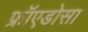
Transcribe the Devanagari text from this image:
फ्रॉएडोसा